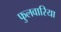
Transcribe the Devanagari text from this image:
फुलवारिया